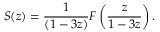
S ( z ) = { \frac { 1 } { ( 1 - 3 z ) } } F \left( { \frac { z } { 1 - 3 z } } \right) .